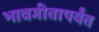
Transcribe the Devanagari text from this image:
भावगीतापर्यंत